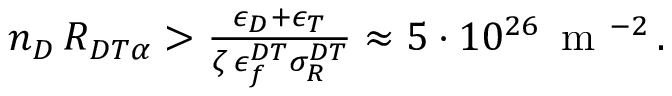
\begin{array} { r } { n _ { D } \, { \cal R } _ { D T \alpha } > \frac { \epsilon _ { D } + \epsilon _ { T } } { \zeta \, \epsilon _ { f } ^ { D T } \sigma _ { R } ^ { D T } } \approx 5 \cdot 1 0 ^ { 2 6 } \, \mathrm { ~ m ~ } ^ { - 2 } \, . } \end{array}